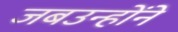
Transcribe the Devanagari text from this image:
जबउन्होंने